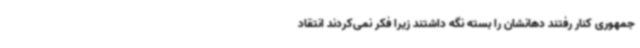
جمهوری کنار رفتند دهانشان را بسته نگه داشتند زیرا فکر نمی‌کردند انتقاد